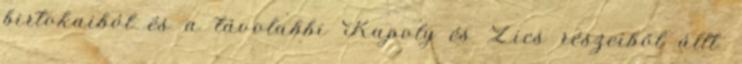
birtokaiból és a távolabbi Kapoly és Zics részeiből állt.